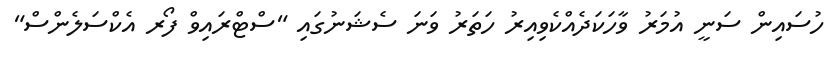
ހުސައިން ސަނީ އުމަރު ވާހަކަދެއްކެވިއިރު ހަތަރު ވަނަ ސެޝަނުގައި "ސްޓްރައިވް ފޯރ އެކްސަލެންސް"